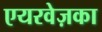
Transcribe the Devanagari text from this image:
एयरवेज़का